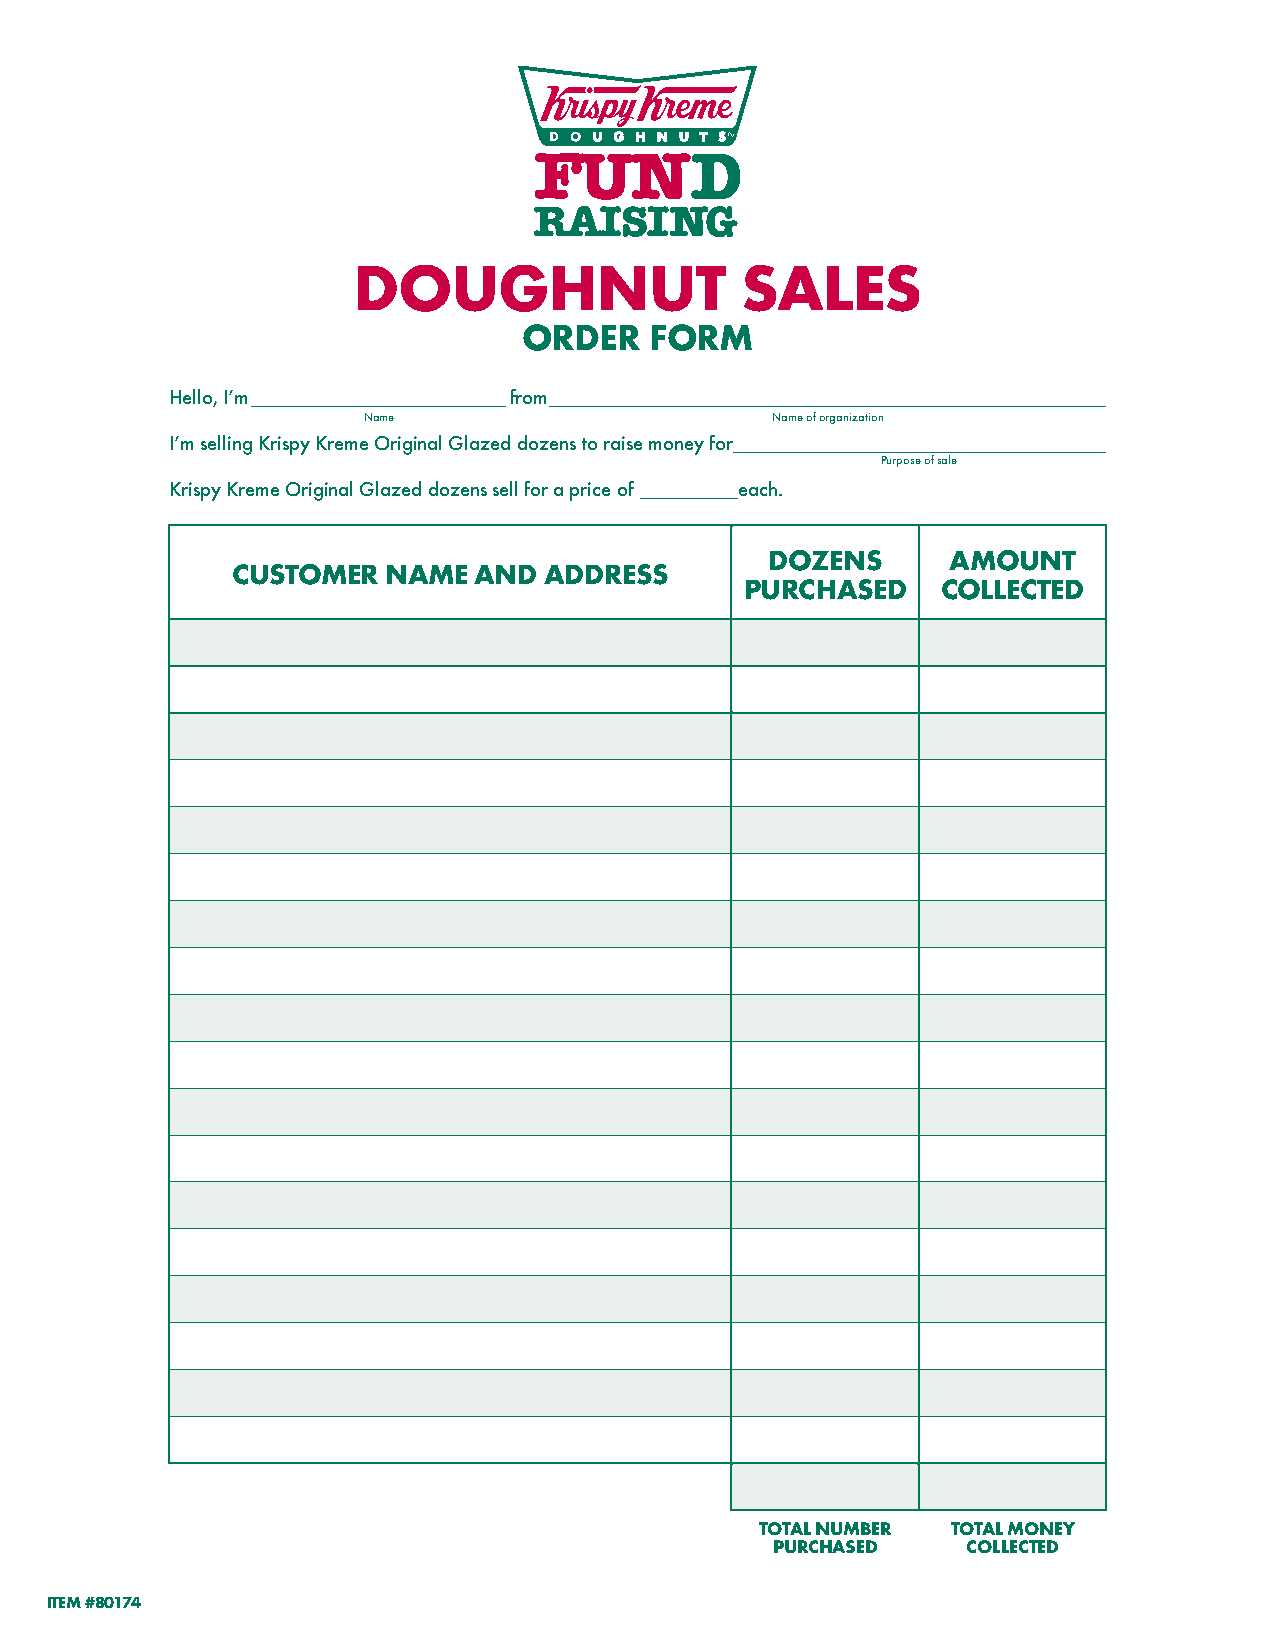
DOUGHNUT                  SALES
 ORDER   FORM
 Hello, I’m             from
 Name                       Name of organization
 I’m selling Krispy Kreme Original Glazed dozens to raise money for
 Purpose of sale
 Krispy Kreme Original Glazed dozens sell for a price of each.
 DOZENS      AMOUNT
 CUSTOMER   NAME AND  ADDRESS
 PURCHASED    COLLECTED
 TOTAL NUMBER TOTAL MONEY
 PURCHASED    COLLECTED
 ITEM #80174